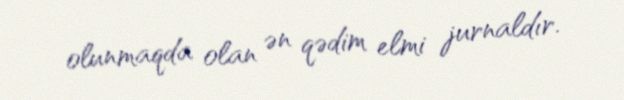
olunmaqda olan ən qədim elmi jurnaldır.